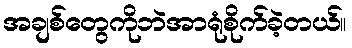
အချစ်တွေကိုဘဲအာရုံစိုက်ခဲ့တယ်။